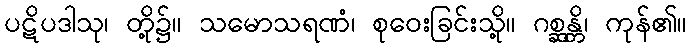
ပဋိပဒါသု၊ တို့၌။ သမောသရဏံ၊ စုဝေးခြင်းသို့။ ဂစ္ဆန္တိ၊ ကုန်၏။